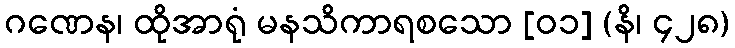
ဂဏေန၊ ထိုအာရုံ မနသိကာရစသော [၀၁] (နိ၊ ၄၂၈)